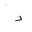
Letter: _dal